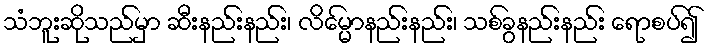
သံဘူးဆိုသည်မှာ ဆီးနည်းနည်း၊ လိမ္မော်နည်းနည်း၊ သစ်ခွနည်းနည်း ရောစပ်၍